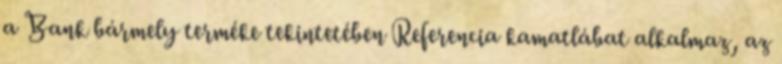
a Bank bármely terméke tekintetében Referencia kamatlábat alkalmaz, az